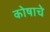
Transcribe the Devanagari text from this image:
कोषाचे